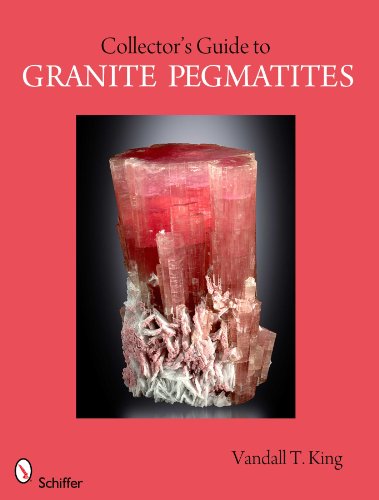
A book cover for A Collector's Guide to the Granite Pegmatite (Schiffer Earth Science Monographs); Vandall T. King; Sports & Outdoors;